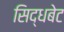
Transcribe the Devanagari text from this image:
सिद्धबेट